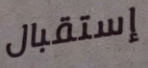
إستقبال